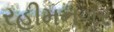
રહીમનગર